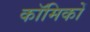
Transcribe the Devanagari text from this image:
काॅमिकों